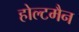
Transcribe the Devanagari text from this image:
होल्टमैन